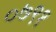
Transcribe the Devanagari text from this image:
०७९१